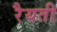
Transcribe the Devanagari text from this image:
रैयती